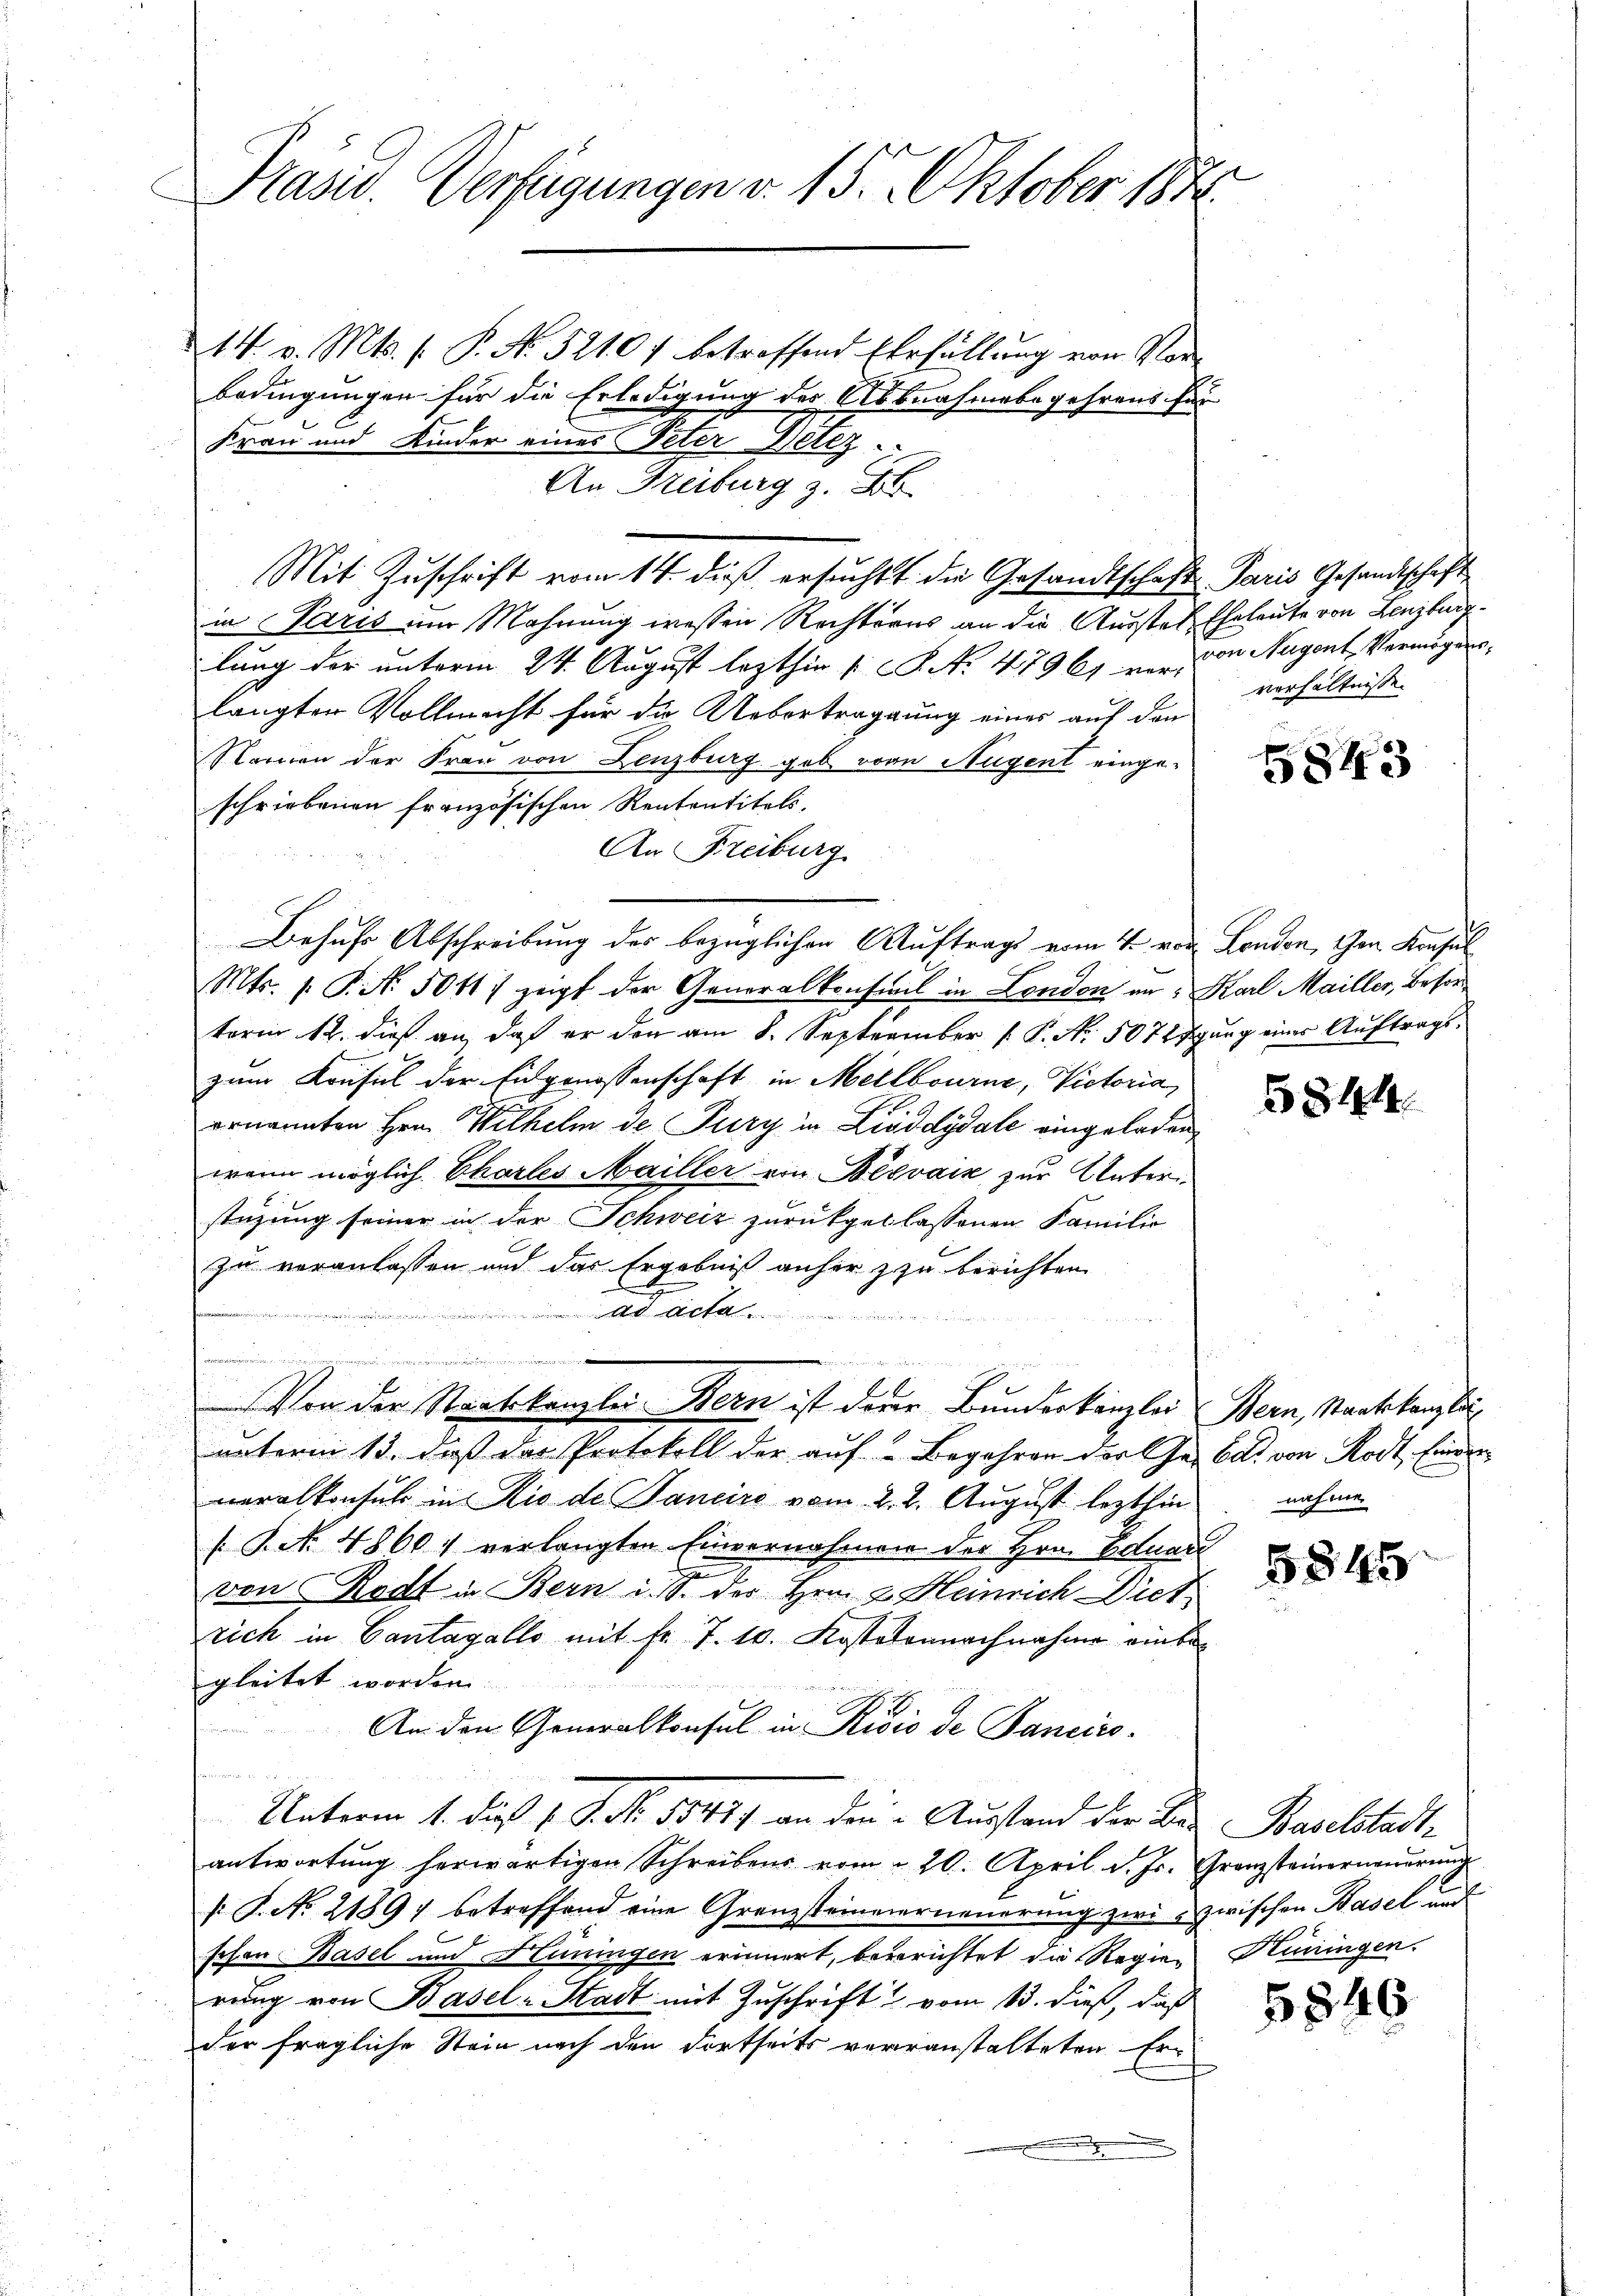
Präsid. Verfügungen v. 15. Oktober 184
14. v. Mts. 1. P. No. 5210. betreffend Erfüllung von Vorbedingungen für die Erledigung des Abbnahmebegehrens für
Frau und Kinder eines Peter Netz
An Freiburg z. B.

in Paris im Mahnung wessen Rechterns an die Ausste Eheleute von Lenzburg
lung der unterm 24. August lezthin 1. No 47961 vor von Augent Vermögens.
langter Vollmacht für die Uebertragung einer auf den
Nornen der Frau von Lenzburg geb. von Augent eingeschriebenen französischen Rententitels,
An Freiburg
Behufs Abschreibung des bezüglichen Auftrags vom 4. von London, Chen Konsul
Mts. f. P. Nr. 5011) zeigt der Generalkonseil in London an: Karl Mailler, Besortorin 12. dieß an, daß er den am 8. September P. Nr. 507 Igŭng einer Aŭftrags-
zum Krusel der Eidgenossenschaft in Mellbourne, Victoria,
ernannten Hrn. Wilhelm de Pury in Liaddydale eingeladen,
wenn möglich Chartes Mailler von Besvaiz zur Unter
stüzung seiner in der Schweiz zurückgeblassenen Familie
zu veranlassen und das Ergebniß anher zu berichten
 A
e
e Aendenen den den mit
x
Von der Staatskanzlei Bern ist derer Bundeskanzlei Bern, Staatskanzlei
unterm 13. daß der Protokoll der auf Begehren der Ge- Ed. von Rodt, Eindr
neralkonsul in Rio de Janeiro vom 2. 2. August lezthin nahme
[: P. Nr. 4800. verlangten Einvernahmen der Hrn. Eduar
von Rost in Bern u. des Hrn. F. Heinrich Diet
rich in Cantagalls mit Fr. 7. 10. Kostetennachnahme einbegleitet worden.
de dessen und se
An den Generalkonsul in Risis de Panciro-
n
Unterm 1. dieß P. Nr. 18417 an den Ausstand der Bei Baselstadte
antwortŭng herwärtigen Schreibens vom 2. 20. April d. Js. Granzsteinerneŭerŭng
k. J. N. 21897 betreffend eine Granzsteinverneuerung zwei zwischen Basel und
schon Basel und Hüningen erinnert, begerichtet die Regierung von Basel-Stadt mit Zuschrift vom 13. dieß, daß
der fragliche Stein nach den dortseits verranstalteten Ern

Mit Zuschrift vom 14. dieß ersucht die Gesandtschaft Paris Gesandtschaft

verhältnisse

5843

5844

5845

Hüningen.

5846